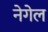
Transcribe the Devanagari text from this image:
नेगेल